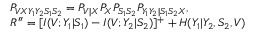
\begin{array} { r l } & { P _ { V X Y _ { 1 } Y _ { 2 } S _ { 1 } S _ { 2 } } = P _ { V | X } P _ { X } P _ { S _ { 1 } S _ { 2 } } P _ { Y _ { 1 } Y _ { 2 } | S _ { 1 } S _ { 2 } X } , } \\ & { R ^ { \prime \prime } = [ I ( V ; Y _ { 1 } | S _ { 1 } ) - I ( V ; Y _ { 2 } | S _ { 2 } ) ] ^ { + } + H ( Y _ { 1 } | Y _ { 2 } , S _ { 2 } , V ) } \end{array}